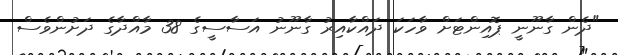
"ދެން ގާނޫނީ ޕޮއިންޓަށް ވާހަކަ ދައްކާއިރު ގާނޫނު އަސާސީގެ 38 މާއްދާގެ ދަށުންވެސް